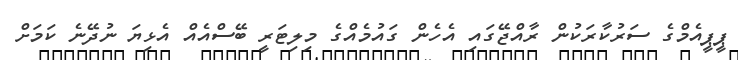
ޕީޕީއެމްގެ ސަރުކާރަކުން ރާއްޖޭގައި އެހެން ގައުމެއްގެ މިލިޓަރީ ބޭސްއެއް އެޅިޔަ ނުދޭނެ ކަމަށް